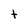
Character: t